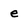
Character: e